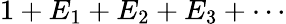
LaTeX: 1+E_{1}+E_{2}+E_{3}+\cdots